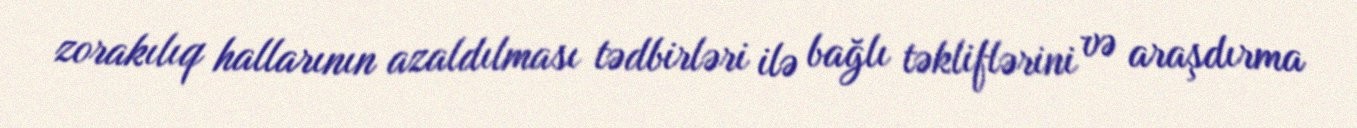
zorakılıq hallarının azaldılması tədbirləri ilə bağlı təkliflərini və araşdırma